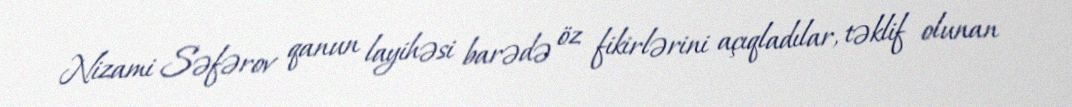
Nizami Səfərov qanun layihəsi barədə öz fikirlərini açıqladılar, təklif olunan